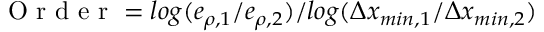
\mathrm { ~ O ~ r ~ d ~ e ~ r ~ } = l o g ( e _ { \rho , 1 } / e _ { \rho , 2 } ) / l o g ( \Delta x _ { m i n , 1 } / \Delta x _ { m i n , 2 } )